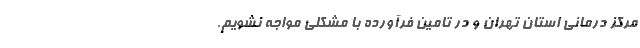
مرکز درمانی استان تهران و در تامین فرآورده با مشکلی مواجه نشویم.